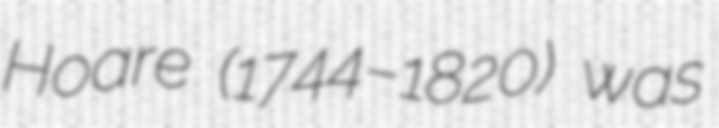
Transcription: Hoare (1744–1820) was